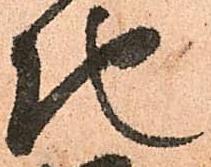
地